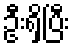
ဦးရှိပြီး